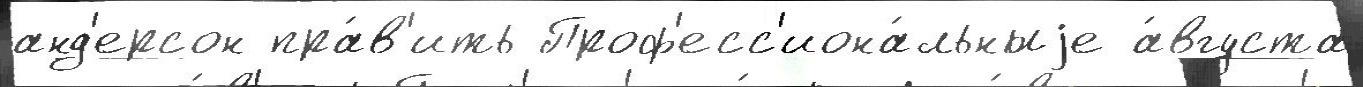
анд'ерсон пра́в'ить Проф'есс'иона́льныjе а́вгуста